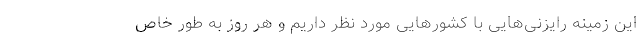
این زمینه رایزنی‌هایی با کشورهایی مورد نظر داریم و هر روز به طور خاص